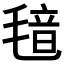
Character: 𬇂